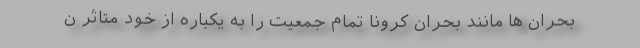
بحران ها مانند بحران کرونا تمام جمعیت را به یکباره از خود متاثر ن